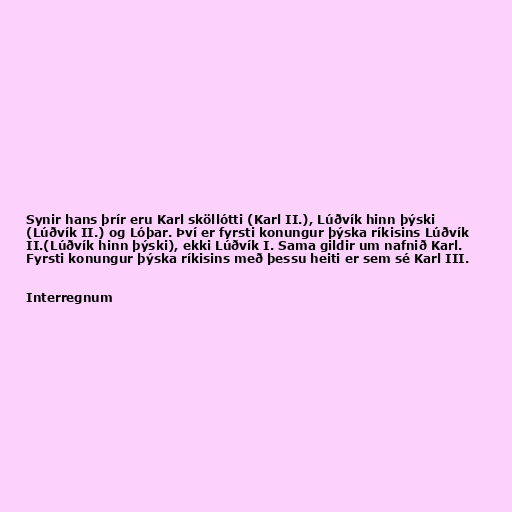
Synir hans þrír eru Karl sköllótti (Karl II.), Lúðvík hinn þýski
(Lúðvík II.) og Lóþar. Því er fyrsti konungur þýska ríkisins Lúðvík
II.(Lúðvík hinn þýski), ekki Lúðvík I. Sama gildir um nafnið Karl.
Fyrsti konungur þýska ríkisins með þessu heiti er sem sé Karl III.

Interregnum